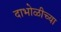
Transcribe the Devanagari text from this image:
दाभोळीच्या